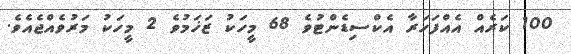
100 ކަރެއް އެއްފަހަރާ އެކްސިޑެންޓުވެ 68 މީހަކު ޒަޚަމުވެ 2 މީހަކު މަރުވެއްޖެއެވެ.